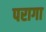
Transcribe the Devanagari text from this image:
परागा